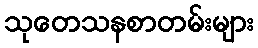
သုတေသနစာတမ်းများ